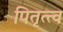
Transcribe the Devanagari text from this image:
पितृत्त्व